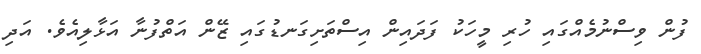
ފުން ވިސްނުމެއްގައި ހުރި މީހަކު ފަދައިން އިސްތަށިގަނޑުގައި ޒޭން އަތްފުނާ އަޅާލިއެވެ. އަދި